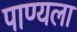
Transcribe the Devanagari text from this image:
पाण्यला